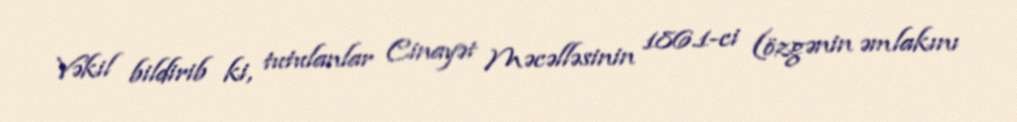
Vəkil bildirib ki, tutulanlar Cinayət Məcəlləsinin 186.1-ci (özgənin əmlakını